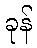
ခုန်